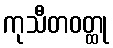
ကုသီတဝတ္ထု